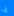
بي